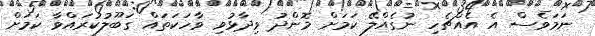
ނަމަވެސް އެ އެއްޗެހި ނުގެއްލޭ ކަމަށް މޮންދު ވިދާޅުވި ވާހަކަތައް ގަބޫލުކުރައްވާ ކަމަށް